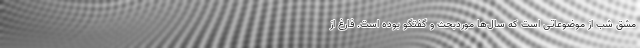
مشق شب از موضوعاتی است که سال‌ها موردبحث و گفتگو بوده است. فارغ از